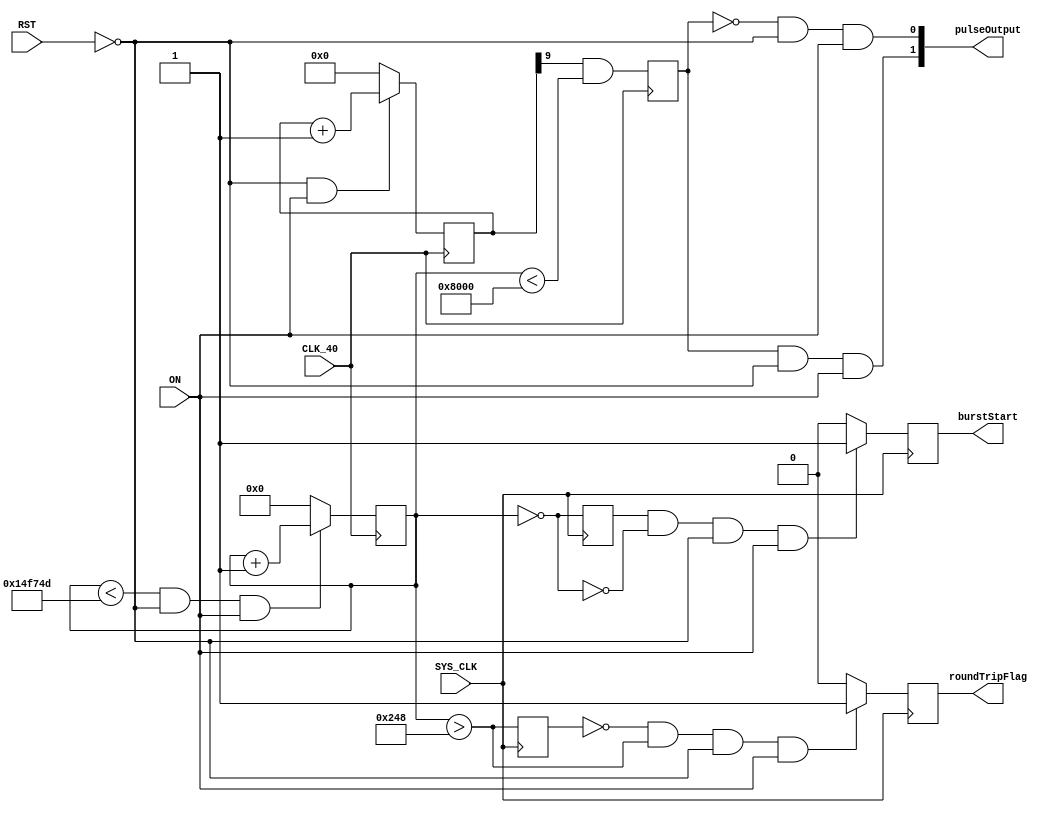
module ultrasonicTransmitter (
	input 			SYS_CLK,
	input 			CLK_40,
	input 			RST, ON,
	output reg		burstStart,
	output reg		roundTripFlag,
	output [1:0] 	pulseOutput
);
	reg [9:0] usonic;
	always @(posedge CLK_40)
		usonic <= ~RST & ON ? usonic + 1 : 0;
	localparam burst32 			= 32768;			
	localparam wait33ms 			= 1350000;
	localparam wait32_5735ms 	= 1341261;
	reg [20:0] counter_burst;
	reg usonicpulse;
	always @(posedge CLK_40) begin	
		counter_burst <= (counter_burst < (burst32 + wait32_5735ms)) & ~RST & ON ? counter_burst + 1 : 0;
		usonicpulse <= usonic[9] & (counter_burst < burst32);
	end		
	assign pulseOutput = {usonicpulse & ~RST & ON, ~usonicpulse & ~RST & ON};
	wire START_SIGNAL;
		assign START_SIGNAL = (counter_burst == 0);
	reg startPREV;
	always @(posedge SYS_CLK) begin
		startPREV 	<= START_SIGNAL;
		burstStart 	<= startPREV & ~START_SIGNAL & ~RST & ON ? 1 : 0;	
	end
	wire ROUNDTRIP;
		assign ROUNDTRIP = (counter_burst > 584);
	reg roundTripPREV;
	always @(posedge SYS_CLK) begin
		roundTripPREV 	<= ROUNDTRIP;
		roundTripFlag 	<= ~roundTripPREV & ROUNDTRIP & ~RST & ON ? 1 : 0;
	end
endmodule